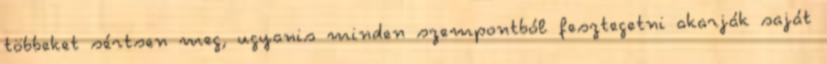
többeket sértsen meg, ugyanis minden szempontból fesztegetni akarják saját